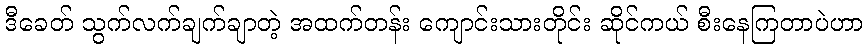
ဒီခေတ် သွက်လက်ချက်ချာတဲ့ အထက်တန်း ကျောင်းသားတိုင်း ဆိုင်ကယ် စီးနေကြတာပဲဟာ